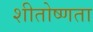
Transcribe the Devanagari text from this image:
शीतोष्णता